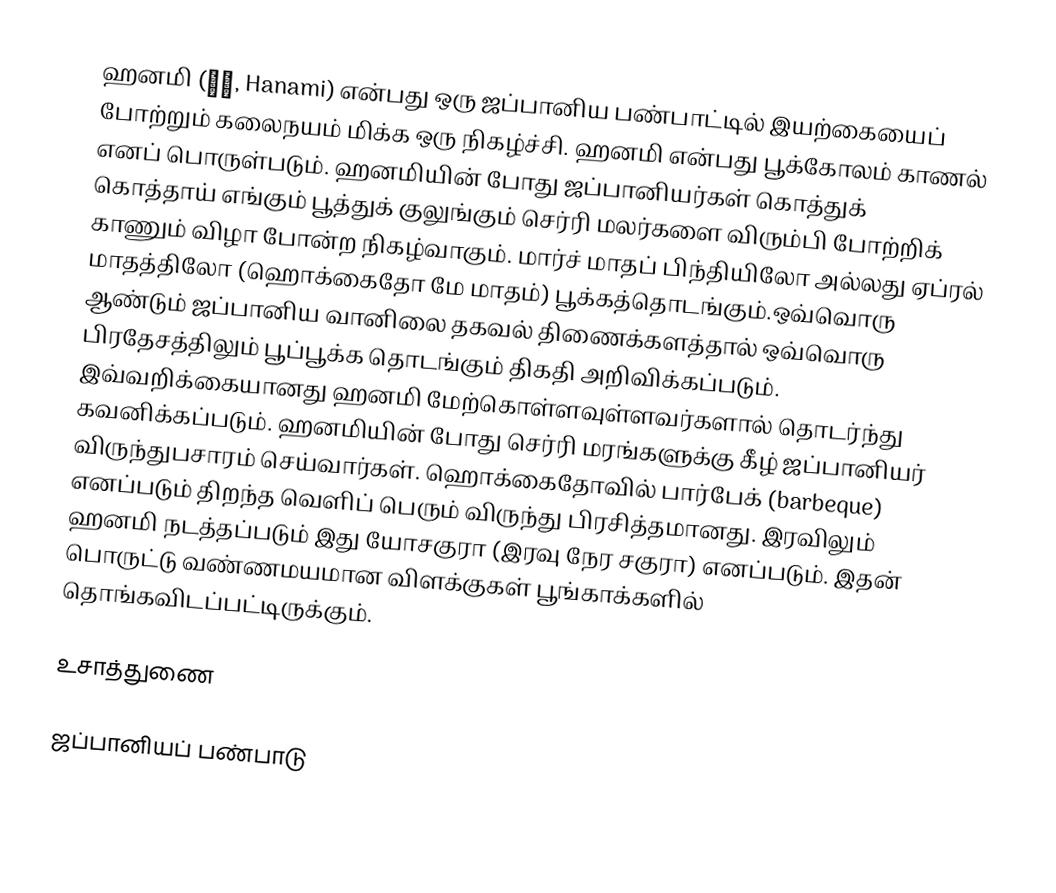
ஹனமி (花見, Hanami) என்பது ஒரு ஜப்பானிய பண்பாட்டில் இயற்கையைப் போற்றும் கலைநயம் மிக்க ஒரு நிகழ்ச்சி. ஹனமி என்பது பூக்கோலம் காணல் எனப் பொருள்படும். ஹனமியின் போது ஜப்பானியர்கள் கொத்துக் கொத்தாய் எங்கும் பூத்துக் குலுங்கும் செர்ரி  மலர்களை விரும்பி போற்றிக் காணும் விழா போன்ற நிகழ்வாகும். மார்ச் மாதப் பிந்தியிலோ அல்லது ஏப்ரல் மாதத்திலோ (ஹொக்கைதோ மே மாதம்) பூக்கத்தொடங்கும்.ஒவ்வொரு ஆண்டும் ஜப்பானிய வானிலை தகவல் திணைக்களத்தால் ஒவ்வொரு பிரதேசத்திலும் பூப்பூக்க தொடங்கும் திகதி அறிவிக்கப்படும். இவ்வறிக்கையானது ஹனமி மேற்கொள்ளவுள்ளவர்களால் தொடர்ந்து கவனிக்கப்படும். ஹனமியின் போது செர்ரி மரங்களுக்கு கீழ் ஜப்பானியர் விருந்துபசாரம் செய்வார்கள். ஹொக்கைதோவில் பார்பேக் (barbeque) எனப்படும் திறந்த வெளிப் பெரும் விருந்து பிரசித்தமானது. இரவிலும் ஹனமி நடத்தப்படும் இது யோசகுரா (இரவு நேர சகுரா) எனப்படும். இதன் பொருட்டு வண்ணமயமான விளக்குகள் பூங்காக்களில் தொங்கவிடப்பட்டிருக்கும்.

உசாத்துணை

ஜப்பானியப் பண்பாடு